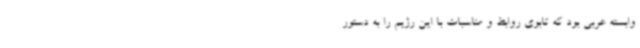
وابسته عربی بود که تابوی روابط و مناسبات با این رژیم را به دستور